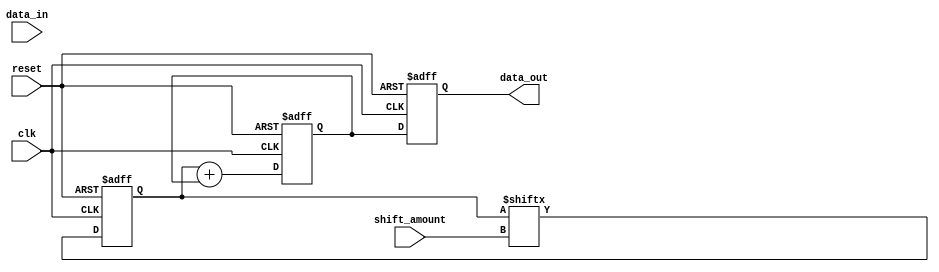
module shift_and_add_register (
    input wire clk,       // Clock input
    input wire reset,     // Reset signal
    input wire [7:0] data_in,    // Input data
    input wire shift_amount,     // Number of positions to shift
    output reg [15:0] data_out   // Output data
);

reg [7:0] shift_reg;            // Shift register
reg [15:0] shifted_data;        // Shifted data

always @(posedge clk or posedge reset) begin
    if (reset) begin
        shift_reg <= 8'b0;      // Clear shift register
        shifted_data <= 16'b0;  // Clear shifted data
        data_out <= 16'b0;      // Clear output data
    end else begin
        // Shift data by specified amount
        shift_reg <= {data_in, shift_reg[7:shift_amount]};

        // Add shifted data
        shifted_data <= shift_reg + shifted_data;

        // Output shifted and added data
        data_out <= shifted_data;
    end
end

endmodule